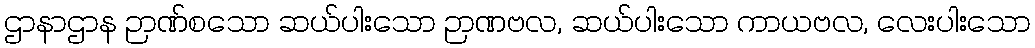
ဌာနာဌာန ဉာဏ်စသော ဆယ်ပါးသော ဉာဏဗလ, ဆယ်ပါးသော ကာယဗလ, လေးပါးသော